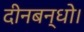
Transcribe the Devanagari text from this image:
दीनबन्धो।